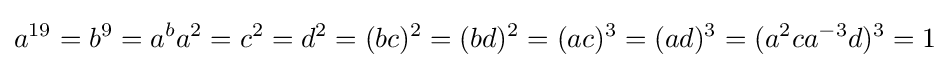
a^{19}=b^{9}=a^{b}a^{2}=c^{2}=d^{2}=(bc)^{2}=(bd)^{2}=(ac)^{3}=(ad)^{3}=(a^{2}ca^{-3}d)^{3}=1